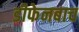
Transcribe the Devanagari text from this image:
डीफेनबाच